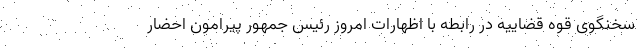
سخنگوی قوه قضاییه در رابطه با اظهارات امروز رئیس جمهور پیرامون احضار